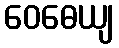
ဝေဓေယျ